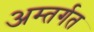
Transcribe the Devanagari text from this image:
अम्तर्गत